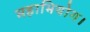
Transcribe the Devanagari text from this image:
महाभियोग।